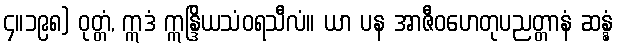
၄။၁၉၈) ဝုတ္တံ, ဣဒံ ဣန္ဒြိယသံဝရသီလံ။ ယာ ပန အာဇီဝဟေတုပညတ္တာနံ ဆန္နံ